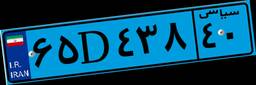
۵۸D۲۶۷۶۵